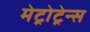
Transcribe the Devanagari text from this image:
मेट्रोट्रेन्स